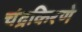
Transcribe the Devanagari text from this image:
चंद्रकिरणे